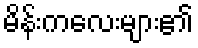
မိန်းကလေးများ၏